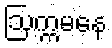
ဩက္ကမနေ